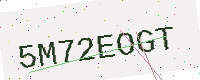
Text: 5M72EOGT